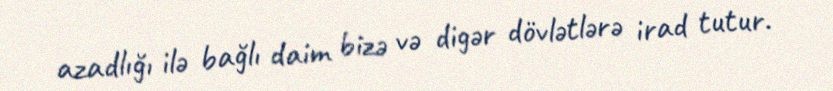
azadlığı ilə bağlı daim bizə və digər dövlətlərə irad tutur.